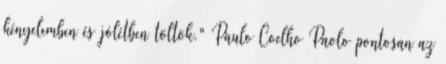
kényelemben és jólétben töltök." Paulo Coelho Paolo pontosan az